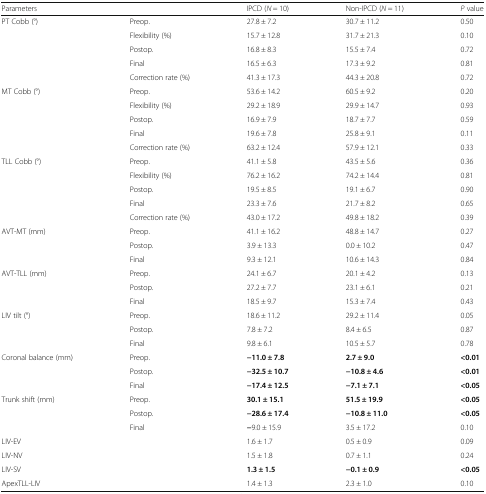
<table><thead><tr><td colspan="2"><b>Parameters</b></td><td><b>IPCD (<i>N</i> = 10)</b></td><td><b>Non-IPCD (<i>N</i> = 11)</b></td><td><b><i>P</i> value</b></td></tr></thead><tbody><tr><td rowspan="5">PT Cobb (°)</td><td>Preop.</td><td>27.8 ± 7.2</td><td>30.7 ± 11.2</td><td>0.50</td></tr><tr><td>Flexibility (%)</td><td>15.7 ± 12.8</td><td>31.7 ± 21.3</td><td>0.10</td></tr><tr><td>Postop.</td><td>16.8 ± 8.3</td><td>15.5 ± 7.4</td><td>0.72</td></tr><tr><td>Final</td><td>16.5 ± 6.3</td><td>17.3 ± 9.2</td><td>0.81</td></tr><tr><td>Correction rate (%)</td><td>41.3 ± 17.3</td><td>44.3 ± 20.8</td><td>0.72</td></tr><tr><td rowspan="5">MT Cobb (°)</td><td>Preop.</td><td>53.6 ± 14.2</td><td>60.5 ± 9.2</td><td>0.20</td></tr><tr><td>Flexibility (%)</td><td>29.2 ± 18.9</td><td>29.9 ± 14.7</td><td>0.93</td></tr><tr><td>Postop.</td><td>16.9 ± 7.9</td><td>18.7 ± 7.7</td><td>0.59</td></tr><tr><td>Final</td><td>19.6 ± 7.8</td><td>25.8 ± 9.1</td><td>0.11</td></tr><tr><td>Correction rate (%)</td><td>63.2 ± 12.4</td><td>57.9 ± 12.1</td><td>0.33</td></tr><tr><td rowspan="5">TLL Cobb (°)</td><td>Preop.</td><td>41.1 ± 5.8</td><td>43.5 ± 5.6</td><td>0.36</td></tr><tr><td>Flexibility (%)</td><td>76.2 ± 16.2</td><td>74.2 ± 14.4</td><td>0.81</td></tr><tr><td>Postop.</td><td>19.5 ± 8.5</td><td>19.1 ± 6.7</td><td>0.90</td></tr><tr><td>Final</td><td>23.3 ± 7.6</td><td>21.7 ± 8.2</td><td>0.65</td></tr><tr><td>Correction rate (%)</td><td>43.0 ± 17.2</td><td>49.8 ± 18.2</td><td>0.39</td></tr><tr><td rowspan="3">AVT-MT (mm)</td><td>Preop.</td><td>41.1 ± 16.2</td><td>48.8 ± 14.7</td><td>0.27</td></tr><tr><td>Postop.</td><td>3.9 ± 13.3</td><td>0.0 ± 10.2</td><td>0.47</td></tr><tr><td>Final</td><td>9.3 ± 12.1</td><td>10.6 ± 14.3</td><td>0.84</td></tr><tr><td rowspan="3">AVT-TLL (mm)</td><td>Preop.</td><td>24.1 ± 6.7</td><td>20.1 ± 4.2</td><td>0.13</td></tr><tr><td>Postop.</td><td>27.2 ± 7.7</td><td>23.1 ± 6.1</td><td>0.21</td></tr><tr><td>Final</td><td>18.5 ± 9.7</td><td>15.3 ± 7.4</td><td>0.43</td></tr><tr><td rowspan="3">LIV tilt (°)</td><td>Preop.</td><td>18.6 ± 11.2</td><td>29.2 ± 11.4</td><td>0.05</td></tr><tr><td>Postop.</td><td>7.8 ± 7.2</td><td>8.4 ± 6.5</td><td>0.87</td></tr><tr><td>Final</td><td>9.8 ± 6.1</td><td>10.5 ± 5.7</td><td>0.78</td></tr><tr><td rowspan="3">Coronal balance (mm)</td><td>Preop.</td><td><b>−11.0 ± 7.8</b></td><td><b>2.7 ± 9.0</b></td><td><b>&lt;0.01</b></td></tr><tr><td>Postop.</td><td><b>−32.5 ± 10.7</b></td><td><b>−10.8 ± 4.6</b></td><td><b>&lt;0.01</b></td></tr><tr><td>Final</td><td><b>−17.4 ± 12.5</b></td><td><b>−7.1 ± 7.1</b></td><td><b>&lt;0.05</b></td></tr><tr><td rowspan="3">Trunk shift (mm)</td><td>Preop.</td><td><b>30.1 ± 15.1</b></td><td><b>51.5 ± 19.9</b></td><td><b>&lt;0.05</b></td></tr><tr><td>Postop.</td><td><b>−28.6 ± 17.4</b></td><td><b>−10.8 ± 11.0</b></td><td><b>&lt;0.05</b></td></tr><tr><td>Final</td><td><b>−</b>9.0 ± 15.9</td><td>3.5 ± 17.2</td><td>0.10</td></tr><tr><td>LIV-EV</td><td></td><td>1.6 ± 1.7</td><td>0.5 ± 0.9</td><td>0.09</td></tr><tr><td>LIV-NV</td><td></td><td>1.5 ± 1.8</td><td>0.7 ± 1.1</td><td>0.24</td></tr><tr><td>LIV-SV</td><td></td><td><b>1.3 ± 1.5</b></td><td><b>−</b><b>0.1 ± 0.9</b></td><td><b>&lt;0.05</b></td></tr><tr><td>ApexTLL-LIV</td><td></td><td>1.4 ± 1.3</td><td>2.3 ± 1.0</td><td>0.10</td></tr></tbody></table>